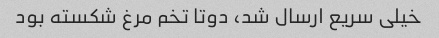
خیلی سریع ارسال شد، دوتا تخم مرغ شکسته بود